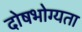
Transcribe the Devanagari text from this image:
दोषभोग्यता